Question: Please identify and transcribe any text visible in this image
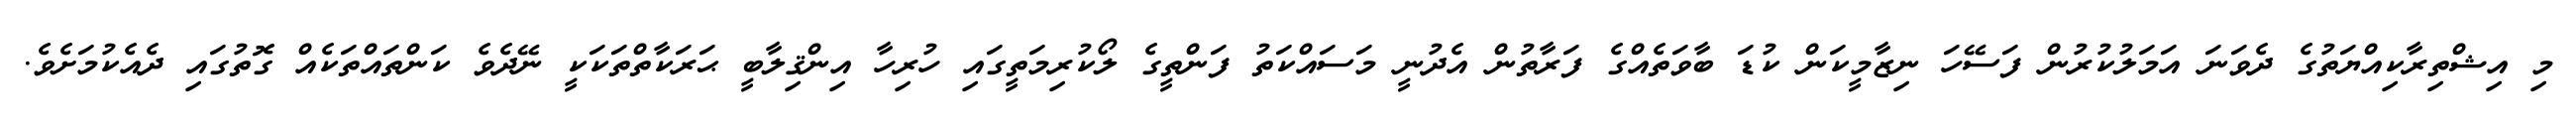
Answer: މި އިޝްތިރާކިއްޔަތުގެ ދެވަނަ އަމަލުކުރުން ފަސޭހަ ނިޒާމީކަން ކުޑަ ބާވަތެއްގެ ފަރާތުން އެދުނީ މަސައްކަތު ފަންތީގެ ލޯކުރިމަތީގައި ހުރިހާ އިންޤިލާބީ ޙަރަކާތްތަކަކީ ނޭދެވެ ކަންތައްތަކެއް ގޮތުގައި ދެއެކުމަށެވެ.